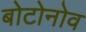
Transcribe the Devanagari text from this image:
बोटोनोव